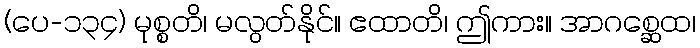
(ပေ-၁၃၄) မုစ္စတိ၊ မလွတ်နိုင်။ ဧထာတိ၊ ဤကား။ အာဂစ္ဆေထ၊